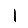
Digit: 1